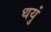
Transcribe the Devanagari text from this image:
थयुं